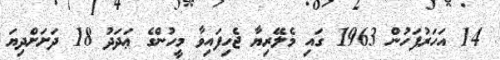
14 އަހަރުފަހުން 1963 ގައި މެލޭރިޔާ ޖެހިފައިވާ މީހުންގެ ޢަދަދު 18 ދަށަށްދިޔަ